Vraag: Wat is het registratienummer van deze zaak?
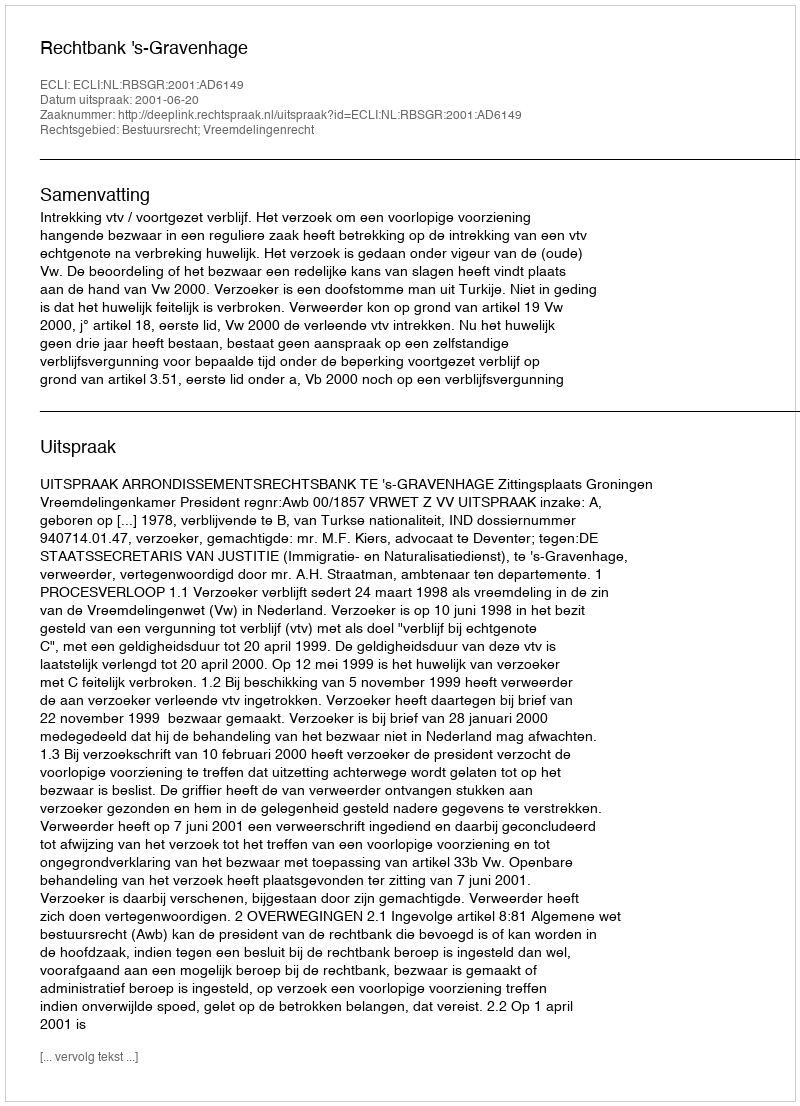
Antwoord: http://deeplink.rechtspraak.nl/uitspraak?id=ECLI:NL:RBSGR:2001:AD6149